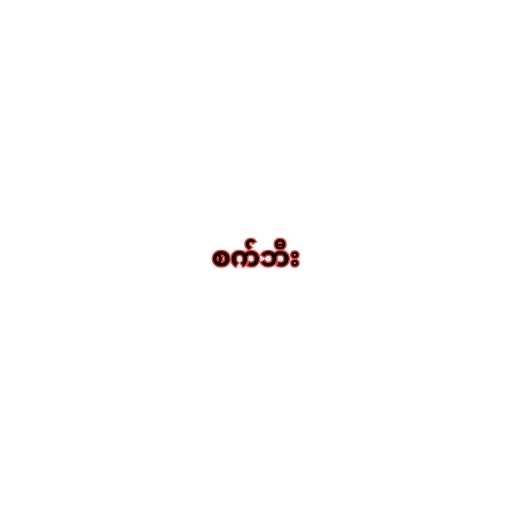
စက်ဘီး